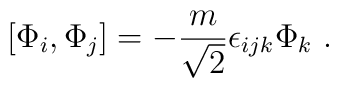
[\Phi_i,\Phi_j] = -\frac{m}{\sqrt 2}\epsilon_{ijk} \Phi_k \ .